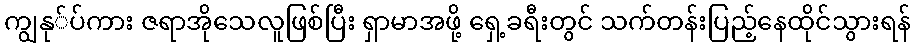
ကျွနု်ပ်ကား ဇရာအိုသေလူဖြစ်ပြီး ရှာမာအဖို့ ရှေ့ခရီးတွင် သက်တန်းပြည့်နေထိုင်သွားရန်